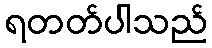
ရတတ်ပါသည်